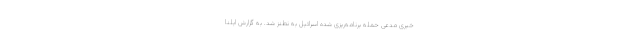
خبری مدعی حمله برنامه‌ریزی شده اسرائیل به نطنز شد. به گزارش ایلنا